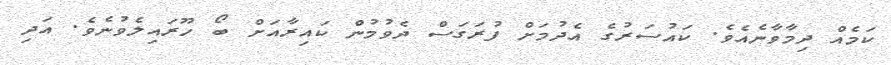
ކަމެއް ދިމާވާނެއެވެ. ކައުސަރުގެ އެދުމަށް ފުރަގަސް ދެވުމުން ކައިރާއަށް ބޯ ހޫރައިލެވުނެވެ. އަދި